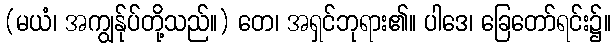
(မယံ၊ အကျွန်ုပ်တို့သည်။) တေ၊ အရှင်ဘုရား၏။ ပါဒေ၊ ခြေတော်ရင်း၌။